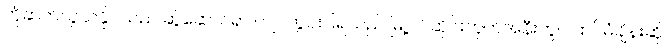
ကိုဆက်သွယ်နိုင်သည် ဆွဲဆောင်ရာ ကျင်ကွင်းပြရသည် မြို့ဝင်ဆိုင်းဘုတ်အနီးတွင် ထပ်မံချိန်းဆို